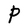
Character: P